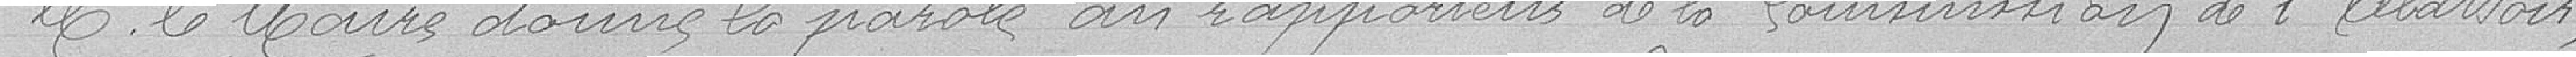
Monsieur le Maire donne la parole au rapporteur de la Commission de l'Abattoir,